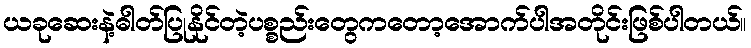
ယခုဆေးနဲ့ဓါတ်ပြုနိုင်တဲ့ပစ္စည်းတွေကတော့အောက်ပါအတိုင်းဖြစ်ပါတယ်။